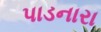
પાડનારા